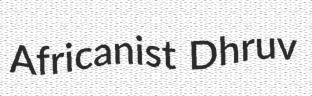
Africanist Dhruv